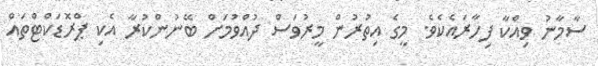
ސާމާނު ވިއްކާ ފިހާރައެކެވެ. މީގެ އިތުރުން މީރުވަސް ދުއްވުމަށް ބޭނުންކުރާ އެކި ޕްރޮޑަކްޓްތައް